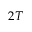
2 T